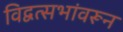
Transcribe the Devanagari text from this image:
विद्वत्सभांवरून